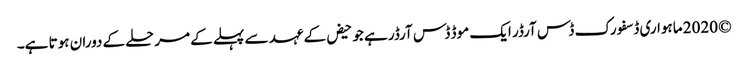
© 2020 ماہواری ڈسفورک ڈس آرڈر ایک موڈ ڈس آرڈر ہے جو حیض کے عہد سے پہلے کے مرحلے کے دوران ہوتا ہے۔